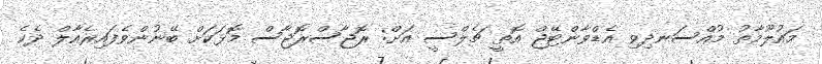
މައުލޫމާތު މުއްސަނދިވި އެޑްވާންޓޭޖް އޮތީ ޗެލްސީ އަށް: ރޮޖާސްރޮޖާސް މޮޅަކަށް ބޭނުންވެފައިރެއާލް ދެކެ